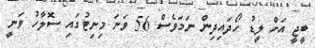
ބީޖީ އަށް ލީޑު ހޯދައިދިން ނަމަވެސް 56 ވަނަ މިނިޓުގައި ސޮލާހު ވަނީ